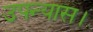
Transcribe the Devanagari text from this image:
उपन्‍यास।